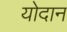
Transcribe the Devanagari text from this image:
योदान